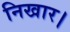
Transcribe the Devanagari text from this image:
निखार।